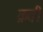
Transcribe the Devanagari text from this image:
क्रती